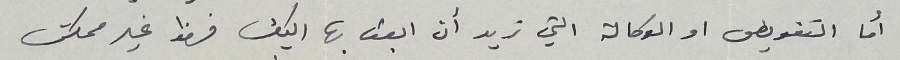
أما التفويض او الوكالة التي تريد أن ابعث بها اليك فهذا غير ممكن